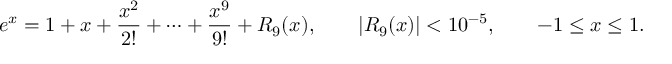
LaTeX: e ^ { x } = 1 + x + { \frac { x ^ { 2 } } { 2 ! } } + \cdots + { \frac { x ^ { 9 } } { 9 ! } } + R _ { 9 } ( x ) , \qquad | R _ { 9 } ( x ) | < 1 0 ^ { - 5 } , \qquad - 1 \leq x \leq 1 .